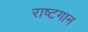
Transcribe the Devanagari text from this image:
राष्टगान